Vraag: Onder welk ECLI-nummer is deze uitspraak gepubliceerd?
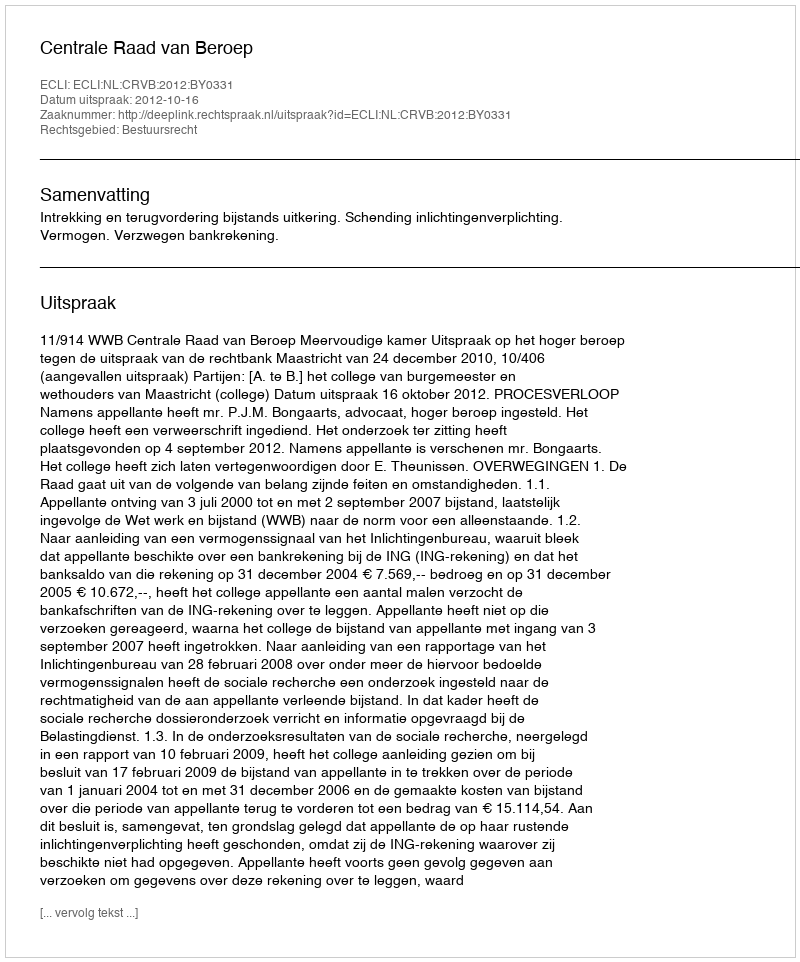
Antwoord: ECLI:NL:CRVB:2012:BY0331